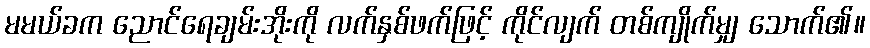
မမယ်ခက ညောင်ရေချမ်းအိုးကို လက်နှစ်ဖက်ဖြင့် ကိုင်လျက် တစ်ကျိုက်မျှ သောက်၏။